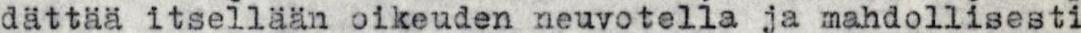
dättää itsellään oikeuden neuvotella ja mahdollisesti